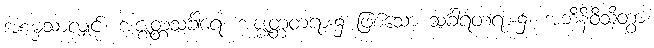
အစမှသာလျှင်။ အဇ္ဈတ္တသင်္ခါရေ၊ အဇ္ဈတ္တတရား၌ ဖြစ်သော သင်္ခါရတရား၌။ အဘိနိဝိသိတွာ၊